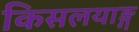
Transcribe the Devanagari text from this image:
किसलयाङ्ग